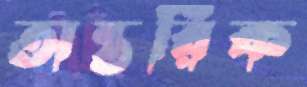
অন্তরিক